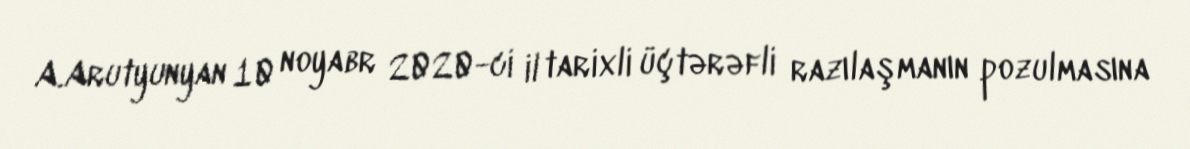
A.Arutyunyan 10 noyabr 2020-ci il tarixli üçtərəfli razılaşmanın pozulmasına